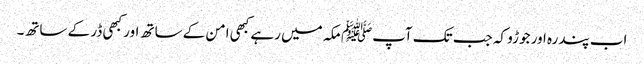
اب پندرہ اور جوڑو کہ جب تک آپﷺ مکہ میں رہے کبھی امن کے ساتھ اور کبھی ڈر کے ساتھ۔